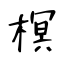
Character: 榠